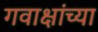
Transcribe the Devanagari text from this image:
गवाक्षांच्या